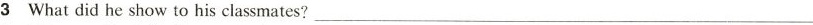
3 What did he show to his classmates?___